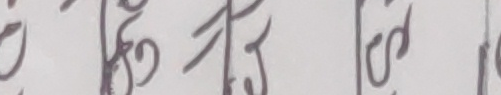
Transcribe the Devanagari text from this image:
कुनै देशको